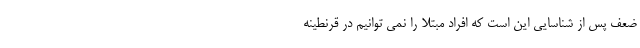
ضعف پس از شناسایی این است که افراد مبتلا را نمی توانیم در قرنطینه